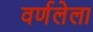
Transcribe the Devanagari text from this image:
वर्णलेला